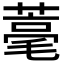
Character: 𦹾